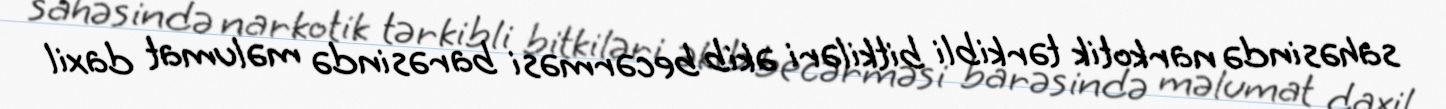
sahəsində narkotik tərkibli bitkiləri əkib becərməsi barəsində məlumat daxil